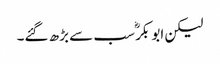
لیکن ابو بکرؓ سب سے بڑھ گئے۔